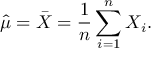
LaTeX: { \hat { \mu } } = { \bar { X } } = { \frac { 1 } { n } } \sum _ { i = 1 } ^ { n } X _ { i } .